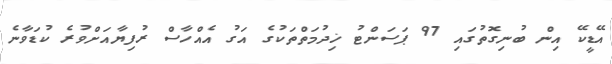
އޭޑީކޭ އިން ބުނިގޮތުގައި 97 ޕަސަންޓު ޚިދުމަތްތަކުގެ އަގު އެއްހާސް ރުފިޔާއަށްވުރެ ކުޑަވާނެ